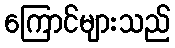
ကြောင်များသည်